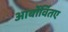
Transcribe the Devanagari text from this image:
आर्बोर्वितए